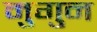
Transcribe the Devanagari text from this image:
मुगुन